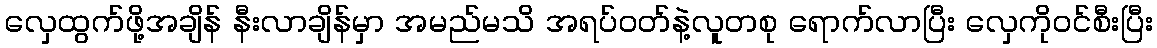
လှေထွက်ဖို့အချိန် နီးလာချိန်မှာ အမည်မသိ အရပ်ဝတ်နဲ့လူတစု ရောက်လာပြီး လှေကိုဝင်စီးပြီး